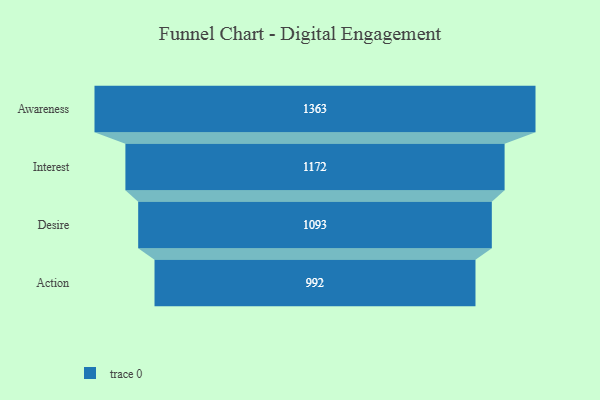
{"axis": {"x": "Stage", "y": "Value"}, "legend": [""], "data": [{"x": "Awareness", "y": 1363.0, "type": ""}, {"x": "Interest", "y": 1172.0, "type": ""}, {"x": "Desire", "y": 1093.0, "type": ""}, {"x": "Action", "y": 992.0, "type": ""}]}